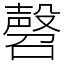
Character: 㲈